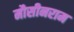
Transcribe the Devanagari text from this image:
मौसीनराम